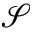
\mathcal { S }